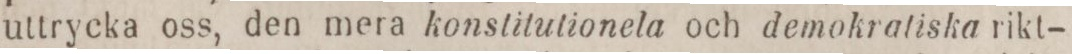
uttrycka oss, den mera konstitutionela och demokratiska rikt-